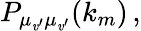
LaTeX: P_{\mu_{\mathit{v}^{\vphantom{}{{\prime}}}}\mu_{\mathit{v}^{\prime}}}(k_{m})\, ,